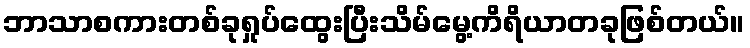
ဘာသာစကားတစ်ခုရှုပ်ထွေးပြီးသိမ်မွေ့ကိရိယာတခုဖြစ်တယ်။